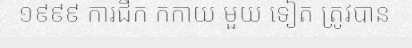
១៩៩៩ ការជីក កកាយ មួយ ទៀត ត្រូវបាន